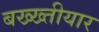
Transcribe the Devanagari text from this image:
बख्ख्तीयार